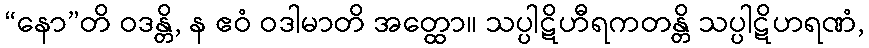
“နော”တိ ဝဒန္တိ, န ဧဝံ ဝဒါမာတိ အတ္ထော။ သပ္ပါဋိဟီရကတန္တိ သပ္ပါဋိဟရဏံ,